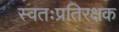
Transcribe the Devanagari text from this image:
स्वतःप्रतिरक्षक